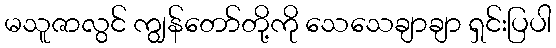
မသူဇာလွင် ကျွန်တော်တို့ကို သေသေချာချာ ရှင်းပြပါ